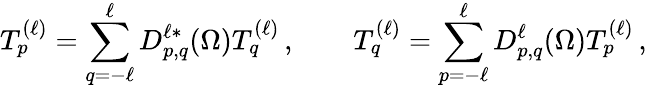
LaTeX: T_{p}^{(\ell)}=\sum_{q=-\ell}^{\ell}D_{p,q}^{\ell*}(\Omega)T_{q}^{(\ell)}\, ,\qquad T_{q}^{(\ell)}=\sum_{p=-\ell}^{\ell}D_{p,q}^{\ell}(\Omega)T_{p}^{(\ell)}\, ,